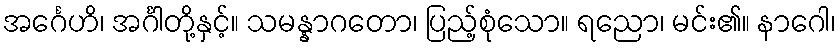
အင်္ဂေဟိ၊ အင်္ဂါတို့နှင့်။ သမန္နာဂတော၊ ပြည့်စုံသော။ ရညော၊ မင်း၏။ နာဂေါ၊